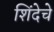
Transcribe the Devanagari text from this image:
शिंदेचे